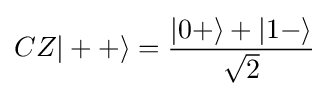
CZ|++\rangle ={\frac {|0+\rangle +|1-\rangle }{\sqrt {2}}}